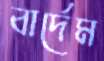
বার্দেম